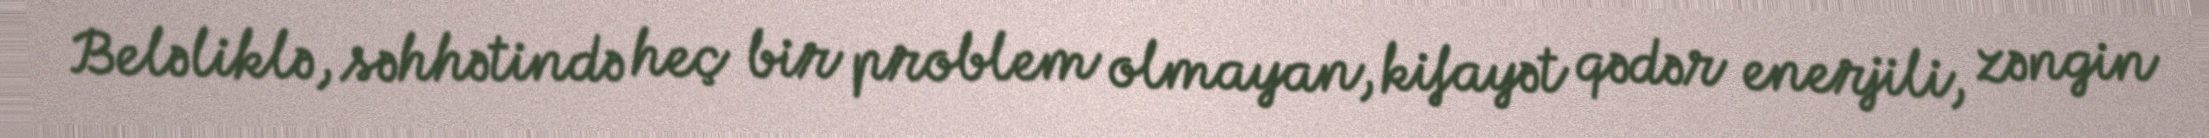
Beləliklə, səhhətində heç bir problem olmayan, kifayət qədər enerjili, zəngin